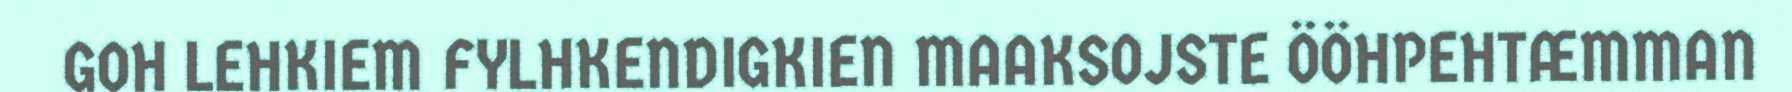
GOH LEHKIEM FYLHKENDIGKIEN MAAKSOJSTE ÖÖHPEHTÆMMAN